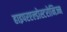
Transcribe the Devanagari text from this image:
हाइपरएल्डोस्टरोनिज्म